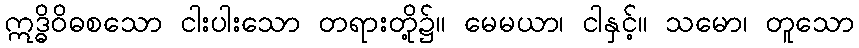
ဣဒ္ဓိဝိဓစသော ငါးပါးသော တရားတို့၌။ မေမယာ၊ ငါနှင့်။ သမော၊ တူသော